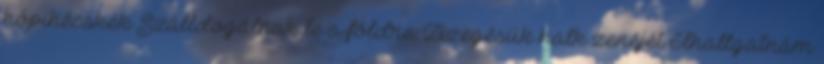
hópihécskék Szálldogálnak le a földre: Zizegésük halk zenéjét Elhallgatnám